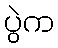
ပွဲက